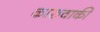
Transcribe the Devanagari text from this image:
कारुवाकी